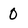
Character: 0